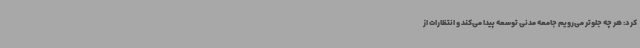
کرد: هر چه جلوتر می‌رویم جامعه مدنی توسعه پیدا می‌کند و انتظارات از